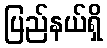
ပြည်နယ်ရှိ